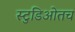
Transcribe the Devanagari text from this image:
स्टुडिओतच